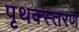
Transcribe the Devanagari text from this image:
पृथक्स्तरण